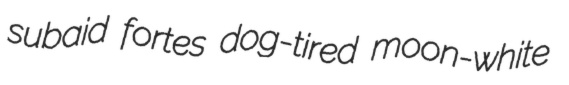
subaid fortes dog-tired moon-white